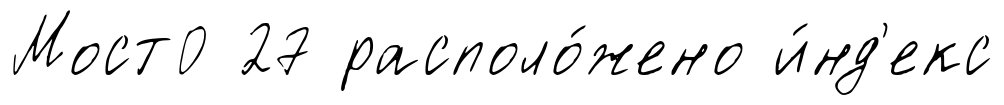
Мост0 27 располо́жено и́нд'екс